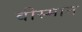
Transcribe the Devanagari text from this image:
वीस्मान